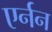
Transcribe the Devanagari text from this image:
एर्नन